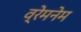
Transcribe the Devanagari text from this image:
व्रेमनेम